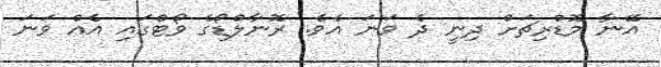
އޭނާ މޮޑްރިޗަށް ދިނީ ދެ ވަނަ އެވެ. ރޮނާލްޑޯގެ ވޯޓްގައި އެއް ވަނަ